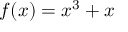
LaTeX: f ( x ) = x ^ { 3 } + x